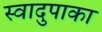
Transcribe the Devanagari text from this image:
स्वादुपाका